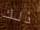
ذلك